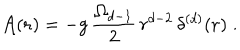
{ \mathcal A } ( { \bf r } ) = - g \, \frac { \Omega _ { d - 1 } } { 2 } \, r ^ { d - 2 } \, \delta ^ { ( d ) } ( { \bf r } ) \; .